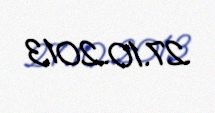
27.10.2013